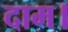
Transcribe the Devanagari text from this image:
दाम।